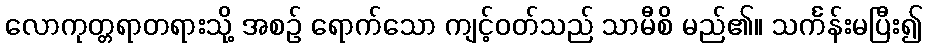
လောကုတ္တရာတရားသို့ အစဉ် ရောက်သော ကျင့်ဝတ်သည် သာမီစိ မည်၏။ သင်္ကန်းမပြီး၍